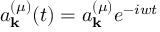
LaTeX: a _ { \mathbf { k } } ^ { ( \mu ) } ( t ) = a _ { \mathbf { k } } ^ { ( \mu ) } { { e } ^ { - i w t } }